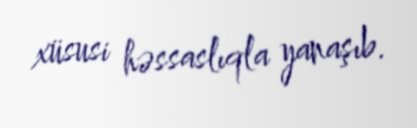
xüsusi həssaslıqla yanaşıb.